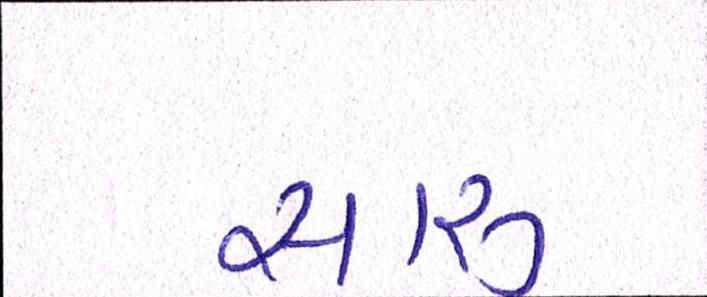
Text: સારુ